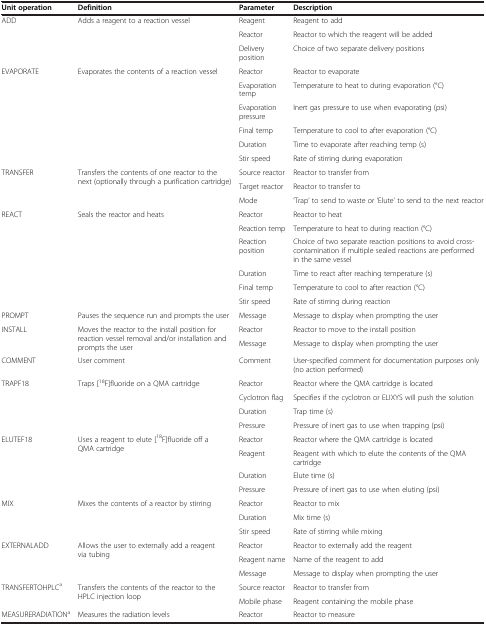
<table><thead><tr><td><b>Unit operation</b></td><td><b>Definition</b></td><td><b>Parameter</b></td><td><b>Description</b></td></tr></thead><tbody><tr><td rowspan="3">ADD</td><td rowspan="3">Adds a reagent to a reaction vessel</td><td>Reagent</td><td>Reagent to add</td></tr><tr><td>Reactor</td><td>Reactor to which the reagent will be added</td></tr><tr><td>Delivery position</td><td>Choice of two separate delivery positions</td></tr><tr><td rowspan="6">EVAPORATE</td><td rowspan="6">Evaporates the contents of a reaction vessel</td><td>Reactor</td><td>Reactor to evaporate</td></tr><tr><td>Evaporation temp</td><td>Temperature to heat to during evaporation (°C)</td></tr><tr><td>Evaporation pressure</td><td>Inert gas pressure to use when evaporating (psi)</td></tr><tr><td>Final temp</td><td>Temperature to cool to after evaporation (°C)</td></tr><tr><td>Duration</td><td>Time to evaporate after reaching temp (s)</td></tr><tr><td>Stir speed</td><td>Rate of stirring during evaporation</td></tr><tr><td rowspan="3">TRANSFER</td><td rowspan="3">Transfers the contents of one reactor to the next (optionally through a purification cartridge)</td><td>Source reactor</td><td>Reactor to transfer from</td></tr><tr><td>Target reactor</td><td>Reactor to transfer to</td></tr><tr><td>Mode</td><td>‘Trap’ to send to waste or ‘Elute’ to send to the next reactor</td></tr><tr><td rowspan="6">REACT</td><td rowspan="6">Seals the reactor and heats</td><td>Reactor</td><td>Reactor to heat</td></tr><tr><td>Reaction temp</td><td>Temperature to heat to during reaction (°C)</td></tr><tr><td>Reaction position</td><td>Choice of two separate reaction positions to avoid cross-contamination if multiple sealed reactions are performed in the same vessel</td></tr><tr><td>Duration</td><td>Time to react after reaching temperature (s)</td></tr><tr><td>Final temp</td><td>Temperature to cool to after reaction (°C)</td></tr><tr><td>Stir speed</td><td>Rate of stirring during reaction</td></tr><tr><td>PROMPT</td><td>Pauses the sequence run and prompts the user</td><td>Message</td><td>Message to display when prompting the user</td></tr><tr><td rowspan="2">INSTALL</td><td rowspan="2">Moves the reactor to the install position for reaction vessel removal and/or installation and prompts the user</td><td>Reactor</td><td>Reactor to move to the install position</td></tr><tr><td>Message</td><td>Message to display when prompting the user</td></tr><tr><td>COMMENT</td><td>User comment</td><td>Comment</td><td>User-specified comment for documentation purposes only (no action performed)</td></tr><tr><td rowspan="4">TRAPF18</td><td rowspan="4">Traps [<sup>18</sup>F]fluoride on a QMA cartridge</td><td>Reactor</td><td>Reactor where the QMA cartridge is located</td></tr><tr><td>Cyclotron flag</td><td>Specifies if the cyclotron or ELIXYS will push the solution</td></tr><tr><td>Duration</td><td>Trap time (s)</td></tr><tr><td>Pressure</td><td>Pressure of inert gas to use when trapping (psi)</td></tr><tr><td rowspan="4">ELUTEF18</td><td rowspan="4">Uses a reagent to elute [<sup>18</sup>F]fluoride off a QMA cartridge</td><td>Reactor</td><td>Reactor where the QMA cartridge is located</td></tr><tr><td>Reagent</td><td>Reagent with which to elute the contents of the QMA cartridge</td></tr><tr><td>Duration</td><td>Elute time (s)</td></tr><tr><td>Pressure</td><td>Pressure of inert gas to use when eluting (psi)</td></tr><tr><td rowspan="3">MIX</td><td rowspan="3">Mixes the contents of a reactor by stirring</td><td>Reactor</td><td>Reactor to mix</td></tr><tr><td>Duration</td><td>Mix time (s)</td></tr><tr><td>Stir speed</td><td>Rate of stirring while mixing</td></tr><tr><td rowspan="3">EXTERNALADD</td><td rowspan="3">Allows the user to externally add a reagent via tubing</td><td>Reactor</td><td>Reactor to externally add the reagent</td></tr><tr><td>Reagent name</td><td>Name of the reagent to add</td></tr><tr><td>Message</td><td>Message to display when prompting the user</td></tr><tr><td rowspan="2">TRANSFERTOHPLC<sup>a</sup></td><td rowspan="2">Transfers the contents of the reactor to the HPLC injection loop</td><td>Source reactor</td><td>Reactor to transfer from</td></tr><tr><td>Mobile phase</td><td>Reagent containing the mobile phase</td></tr><tr><td>MEASURERADIATION<sup>a</sup></td><td>Measures the radiation levels</td><td>Reactor</td><td>Reactor to measure</td></tr></tbody></table>